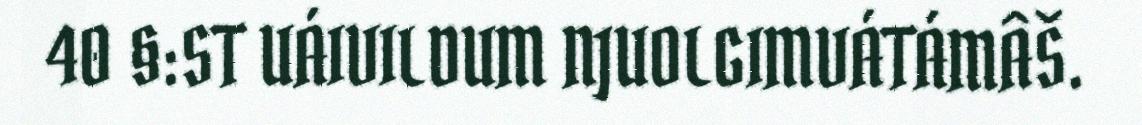
40 §:ST UÁIVILDUM NJUOLGIMVÁTÁMÂŠ.